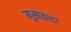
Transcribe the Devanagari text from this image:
मुसावादा